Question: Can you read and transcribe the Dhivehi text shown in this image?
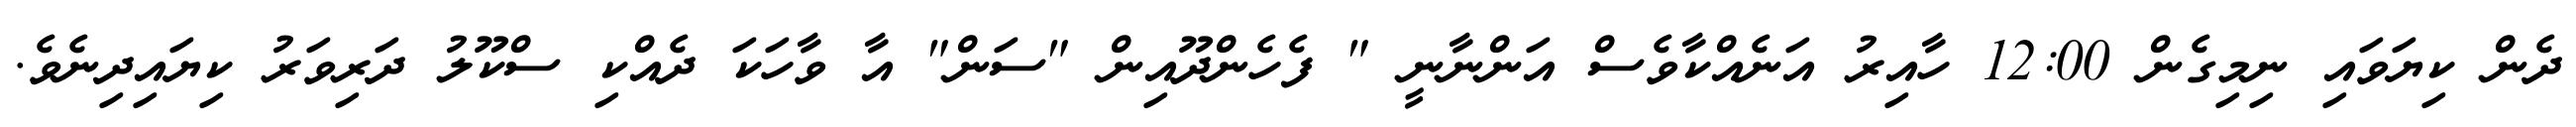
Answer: ދެން ކިޔަވައި ނިމިގެން 12:00 ހާއިރު އަނެއްކާވެސް އަންނާނީ " ފެހެންދޫއިން "ސަން" އާ ވާހަކަ ދެއްކި ސްކޫލު ދަރިވަރު ކިޔައިދިނެވެ.